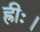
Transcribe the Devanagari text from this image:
ह्रीः।